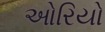
ઓરિયો